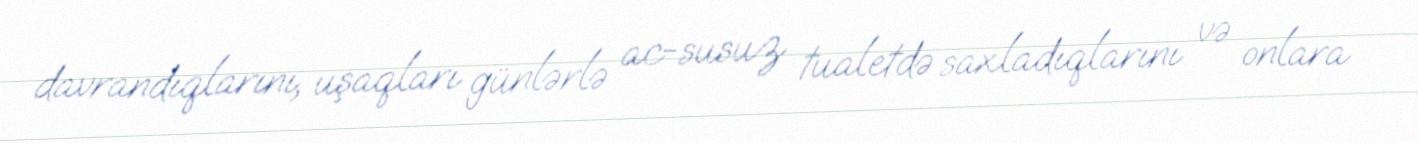
davrandıqlarını, uşaqları günlərlə ac-susuz tualetdə saxladıqlarını və onlara